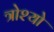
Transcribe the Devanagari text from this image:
त्रोश्यो